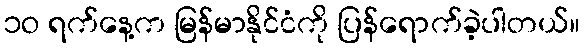
၁ဝ ရက်နေ့က မြန်မာနိုင်ငံကို ပြန်ရောက်ခဲ့ပါတယ်။